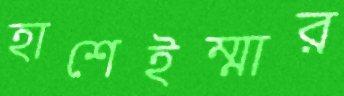
হাশেইম্মার